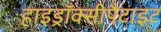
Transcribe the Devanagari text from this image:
हाइड्रॉक्सीपैटाइट